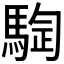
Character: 𱄣